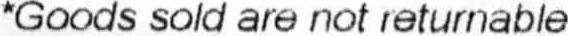
*GOODS SOLD ARE NOT RETURNABLE